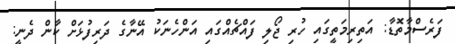
ފަރެސްމާތޮޑާ: އަތިރިމަތީގައި ހުރި ޖޯލި ފައްޗެއްގައި އަންހެނަކު އޭނާގެ ދަރިފުޅަށް ކާން ދެނީ: